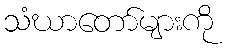
သံဃာတော်များကို